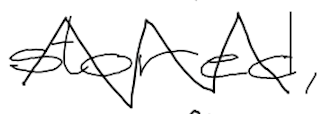
Text: stored,
Cross-out: zig-zag
Writing tool: digital_black